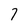
Character: 7